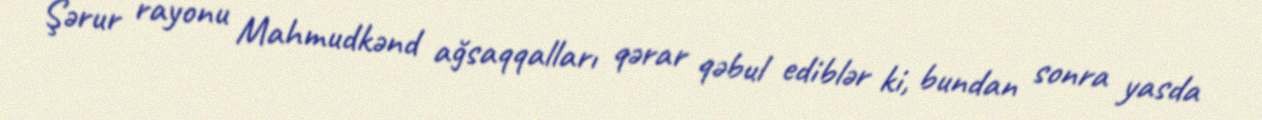
Şərur rayonu Mahmudkənd ağsaqqalları qərar qəbul ediblər ki, bundan sonra yasda